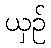
ယှဉ်